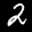
Label: 2